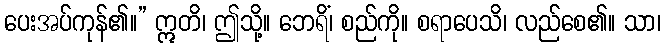
ပေးအပ်ကုန်၏။” ဣတိ၊ ဤသို့။ ဘေရိံ၊ စည်ကို။ စရာပေသိ၊ လည်စေ၏။ သာ၊